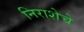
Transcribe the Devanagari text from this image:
निराशेचे